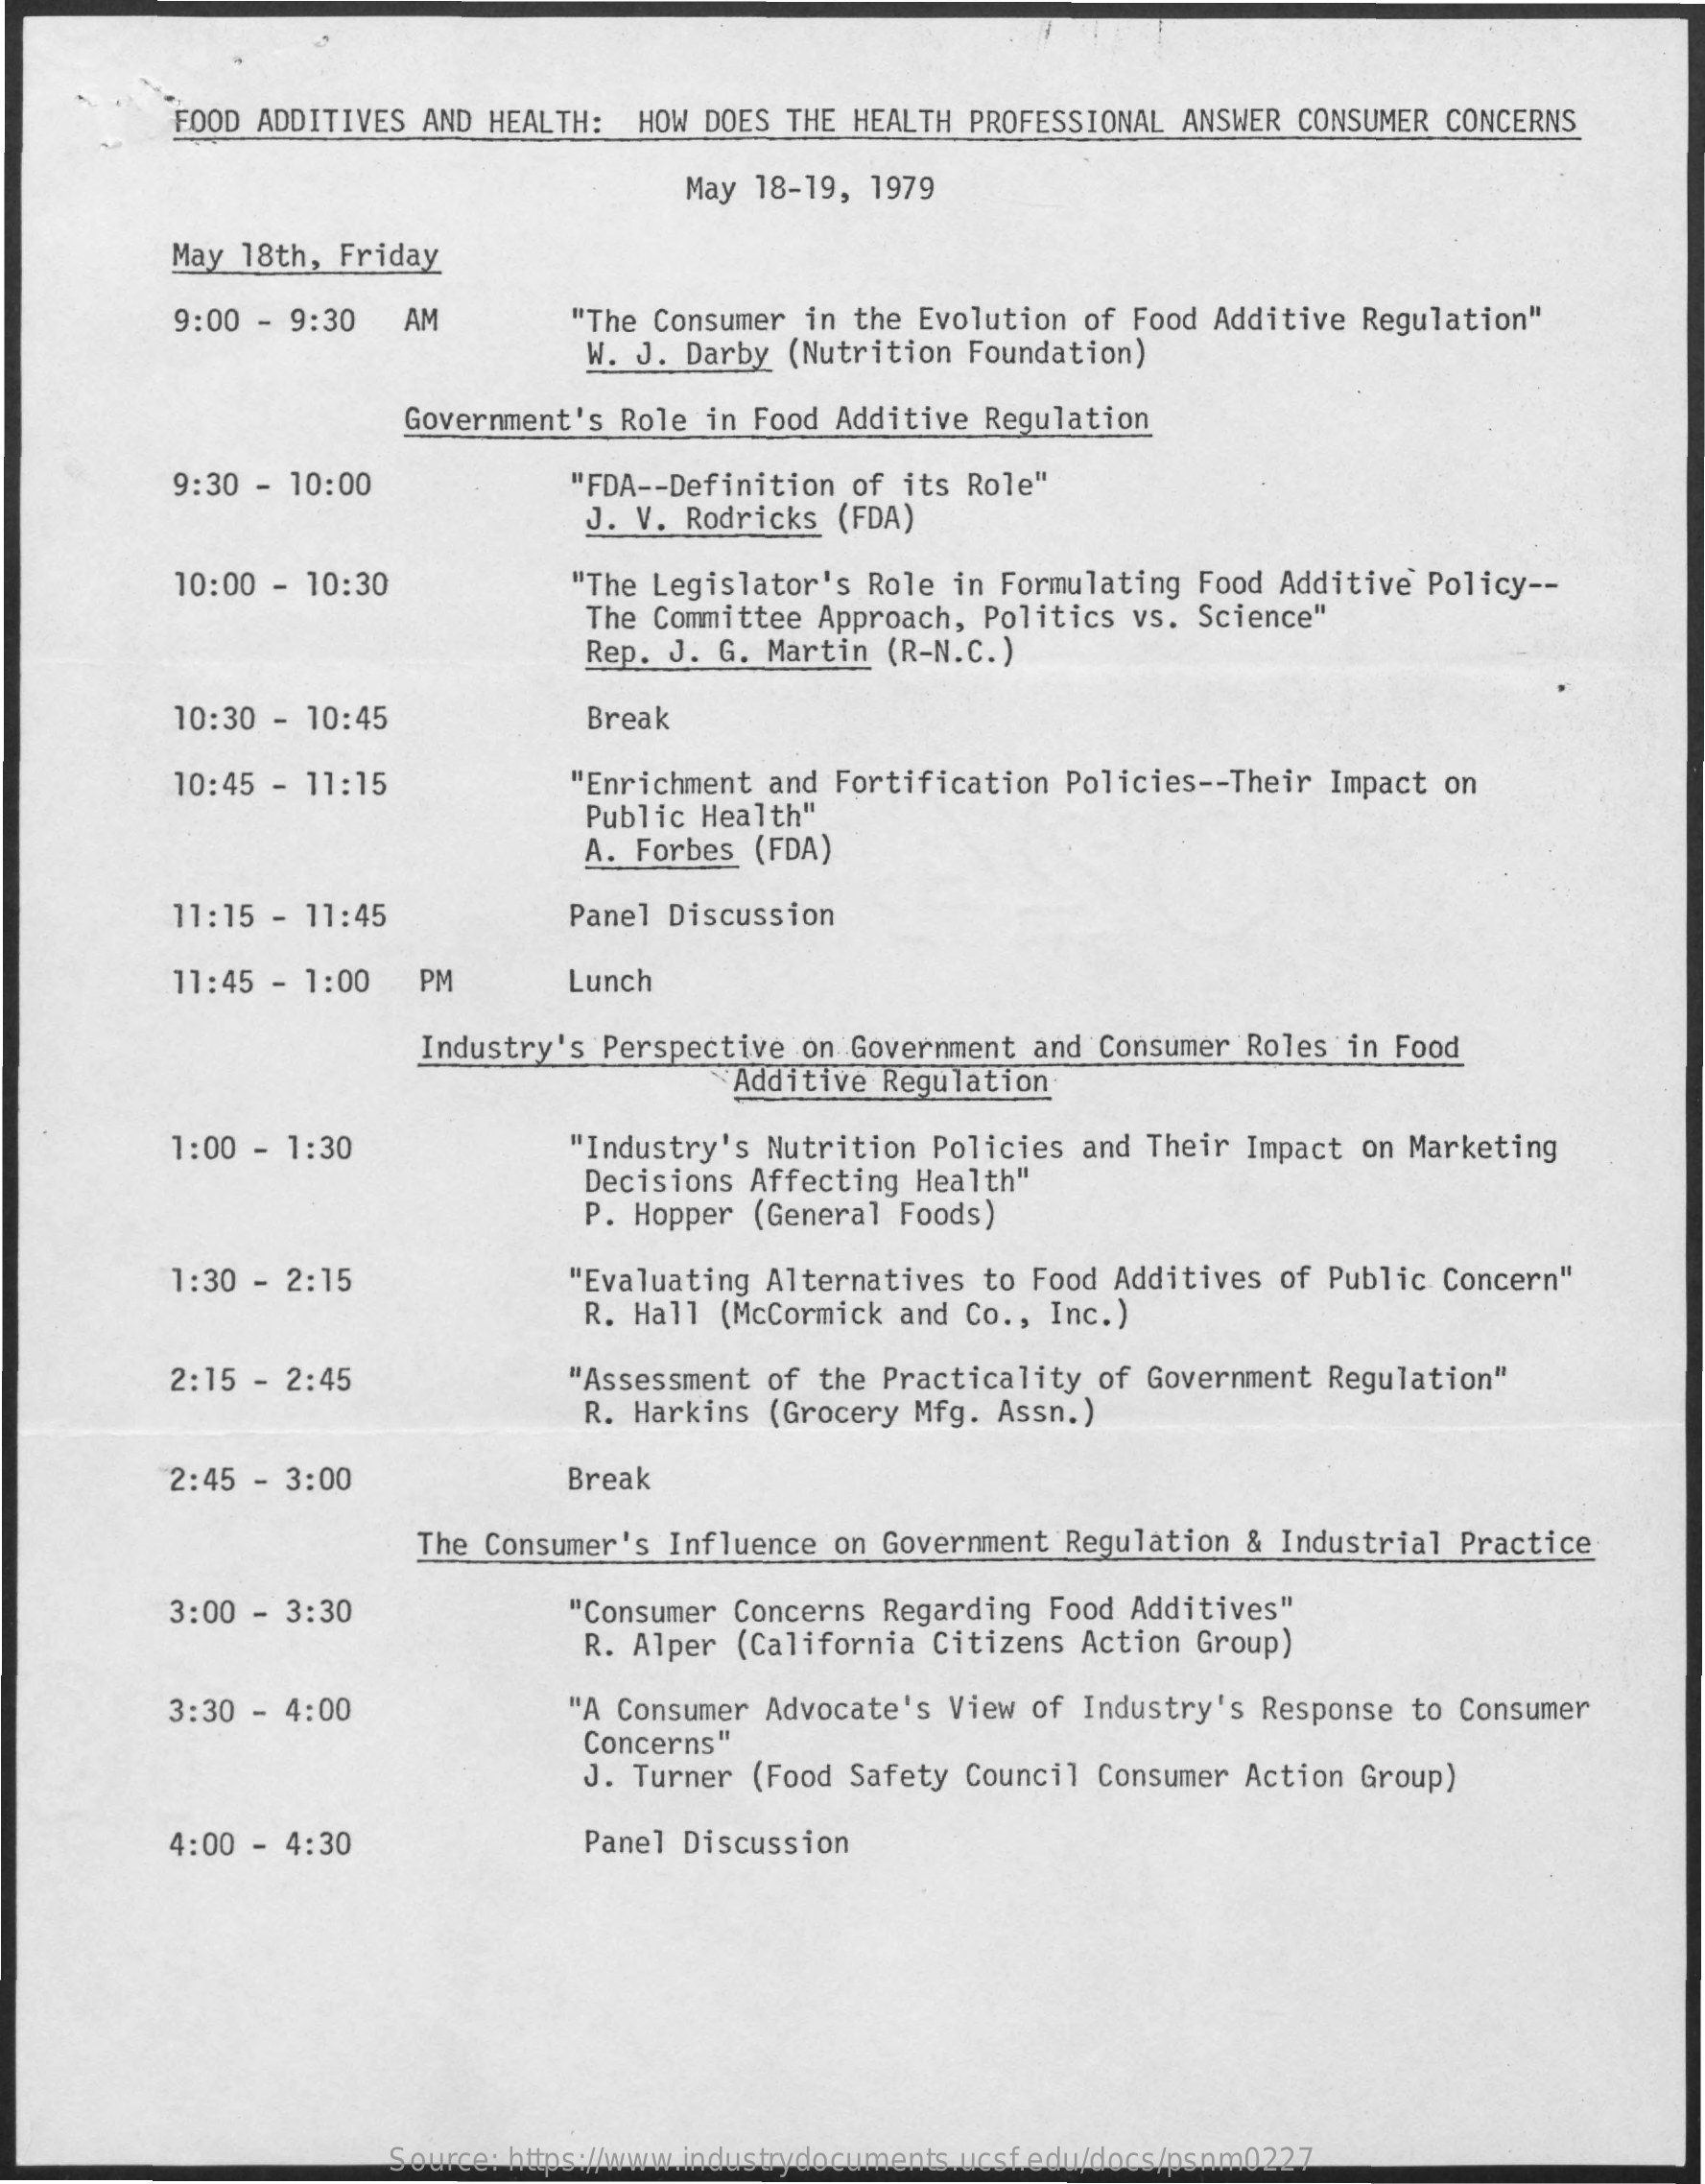
FOOD ADDITIVES AND HEALTH: HOW DOES THE HEALTH PROFESSIONAL ANSWER CONSUMER CONCERNS
     May 18-19, 1979
     May 18th, Friday
     9:00 - 9:30 AM    "The Consumer in the Evolution of Food Additive Regulation"
     W. J. Darby (Nutrition Foundation)
     Government's Role in Food Additive Regulation
     9:30 - 10:00    "FDA -- Definition of its Role"
     J. V. Rodricks (FDA)
     10:00 - 10:30    "The Legislator's Role in Formulating Food Additive Policy --
     The Committee Approach, Politics vs. Science"
     Rep. J. G. Martin (R-N.C.)
     10:30 - 10:45    Break
     10:45 - 11:15    "Enrichment and Fortification Policies -- Their Impact on
     Public Health"
     A. Forbes (FDA)
     11:15 - 11:45    Panel Discussion
     11:45 - 1:00 PM    Lunch
     Industry's Perspective on Government and Consumer Roles in Food
     Additive Regulation
     1:00 - 1:30    "Industry's Nutrition Policies and Their Impact on Marketing
     Decisions Affecting Health"
     P. Hopper (General Foods)
     1:30 - 2:15    "Evaluating Alternatives to Food Additives of Public Concern"
     R. Hall (McCormick and Co ., Inc.)
     2:15 - 2:45    "Assessment of the Practicality of Government Regulation"
     R. Harkins (Grocery Mfg. Assn.)
     2:45 - 3:00    Break
     The Consumer's Influence on Government Regulation & Industrial Practice
     3:00 - 3:30    "Consumer Concerns Regarding Food Additives"
     R. Alper (California Citizens Action Group)
     3:30 - 4:00    "A Consumer Advocate's View of Industry's Response to Consumer
     J. Turner (Food Safety Council Consumer Action Group)
     Concerns"
     4:00 - 4:30    Panel Discussion
     Source: https://www.industrydocuments.ucsf.edu/docs/psnm0227